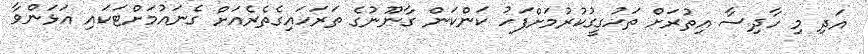
އަދި މި ހާދިސާ އިތުރަށް ތަހުގީގުކުރުމަށްފަހު ކަންކަން ގާނޫނުގެ ތަރަހައިގެތެރެއަށް ގެނައުމަށްޓަކައި އަޅަންވާ